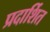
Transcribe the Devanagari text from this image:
प्रदार्शित